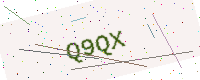
Text: Q9QX